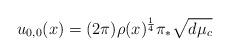
LaTeX: \begin{align*} u_{0,0}(x) = (2\pi) \rho(x)^\frac{1}{4} \pi_*\sqrt{d\mu_c}\end{align*}